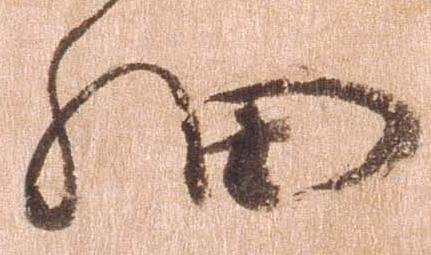
細